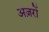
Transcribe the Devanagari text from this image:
अज़रों